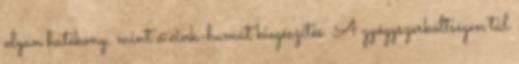
olyan hatékony, mint a cink-humát kiegészítés. A gyógyszerköltségen túl